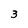
Character: 3